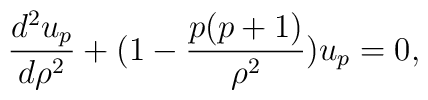
{{d^2 u_p}\over{d\rho ^2}} +(1-{{p(p+1)}\over {\rho ^2}})u_p =0,